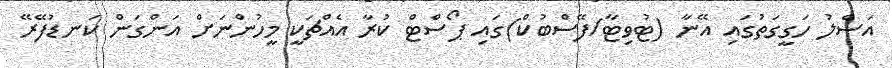
އަސްލު ހަގީގަތުގައި އޭނާ (ޓުވިޓާ/ފޭސްބުކް)ގައި ޕޯސްޓް ކުރާ އެއްޗަކީ މީހުންނަށް އަންގަން ކަނޑުފޭރޭ